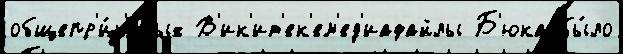
общепр'и́н'ятых В'ик'ит'ек'ем'ед'иафайлы Б'юка бы́ло